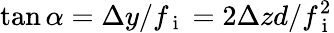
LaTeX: \tan\alpha=\Delta y/f_{\mathrm{~i~}}=2\Delta zd/f_{\mathrm{~i~}}^{2}